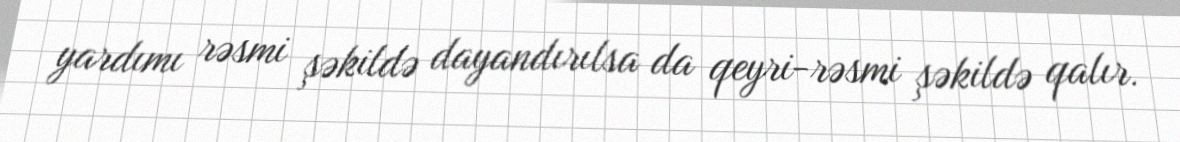
yardımı rəsmi şəkildə dayandırılsa da qeyri-rəsmi şəkildə qalır.